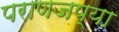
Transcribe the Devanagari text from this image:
पराणजप्या